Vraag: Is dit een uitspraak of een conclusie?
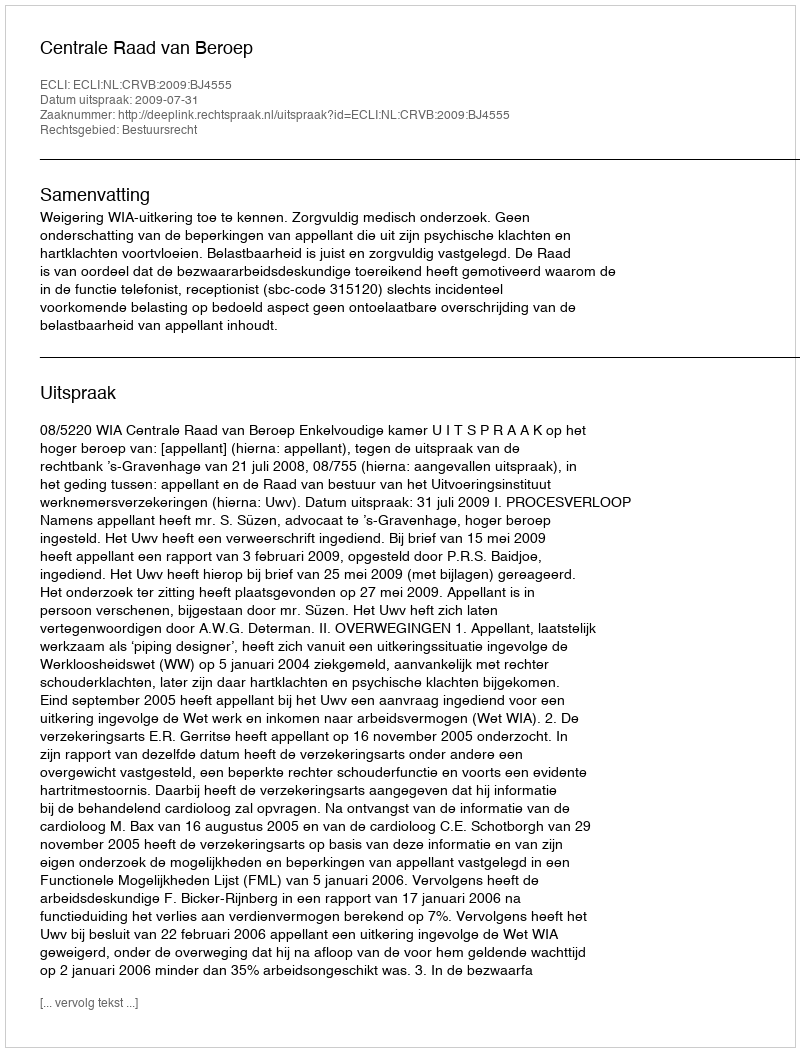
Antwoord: Uitspraak